Rangoon Lunatic Asylum 1878-1892 - 1878-1892
Year: 1878
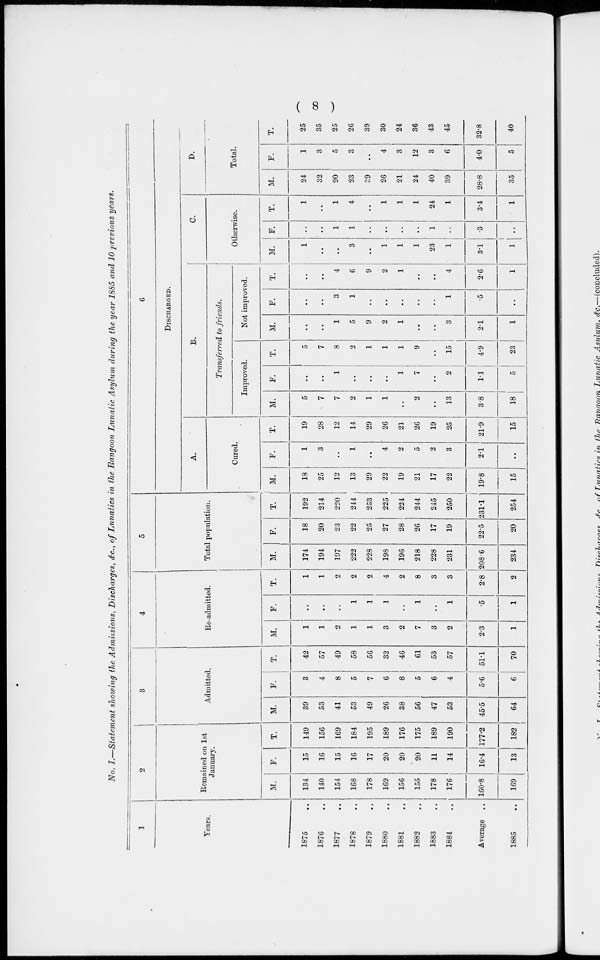
( 8 )
No. I.—Statement showing the Admissions, Discharges, &c., of Lunatics in the Rangoon Lunatic Asylum during the year 1885 and 10 previous years.
1
Years.
1875 ..
1876 ..
1877 ..
1878 ..
1879 ..
1880 ..
1881 ..
1882 ..
1883 ..
1884 ..
Average ..
1885 ..
2
Remained on 1st
January.
M.
134
140
154
168
178
169
156
155
178
176
160.8
169
F.
15
16
15
16
17
20
20
20
11
14
16.4
13
T.
149
156
169
184
195
189
176
175
189
190
177.2
182
3
Admitted.
M.
39
53
41
53
49
26
38
56
47
53
45.5
64
F.
3
4
8
5
7
6
8
5
6
4
5.6
6
T.
42
57
49
58
56
32
46
61
53
57
51.1
70
4
Re-admitted.
M.
1
1
2
1
1
3
2
7
3
2
2.3
1
F.
..
..
..
1
1
1
..
1
..
1
.5
1
T.
1
1
2
2
2
4
2
8
3
3
2.8
2
5
Total population.
M.
174
194
197
222
228
198
196
218
228
231
208.6
234
F.
18
20
23
22
25
27
28
26
17
19
22.5
20
T.
192
214
220
244
253
225
224
244
245
250
231.1
254
6
DISCHARGED.
A.
Cured.
M.
18
25
12
13
29
22
19
21
17
22
19.8
15
F.
1
3
..
1
..
4
2
5
2
3
2.1
..
T.
19
28
12
14
29
26
21
26
19
25
21.9
15
B.
Transferred to friends.
Improved.
M.
5
7
7
2
1
1
..
2
..
13
3.8
18
F.
..
..
1
..
..
..
1
7
..
2
1.1
5
T.
5
7
8
2
1
1
1
9
..
15
4.9
23
Not improved.
M.
..
..
1
5
9
2
1
..
..
3
2.1
1
F.
..
..
3
1
..
..
..
..
..
1
.5
..
T.
..
..
4
6
9
2
1
..
..
4
2.6
1
C.
Otherwise.
M.
1
..
..
3
..
1
1
1
23
1
3.1
1
F.
..
..
1
1
..
..
..
..
1
..
.3
..
T.
1
..
1
4
..
1
1
1
24
1
3.4
1
D.
Total.
M.
24
32
20
23
39
26
21
24
40
39
28.8
35
F.
1
3
5
3
..
4
3
12
3
6
4.0
5
T.
25
35
25
26
39
30
24
36
43
45
32.8
40